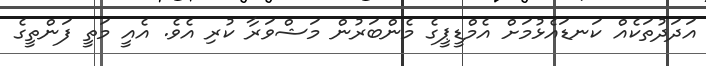
އަދަދުތަކެއް ކަނޑައެޅުމަށް އެމްޑީޕީގެ މެންބަރުން މަޝްވަރާ ކުރި އެވެ. އެއީ މަތީ ފަންތީގެ